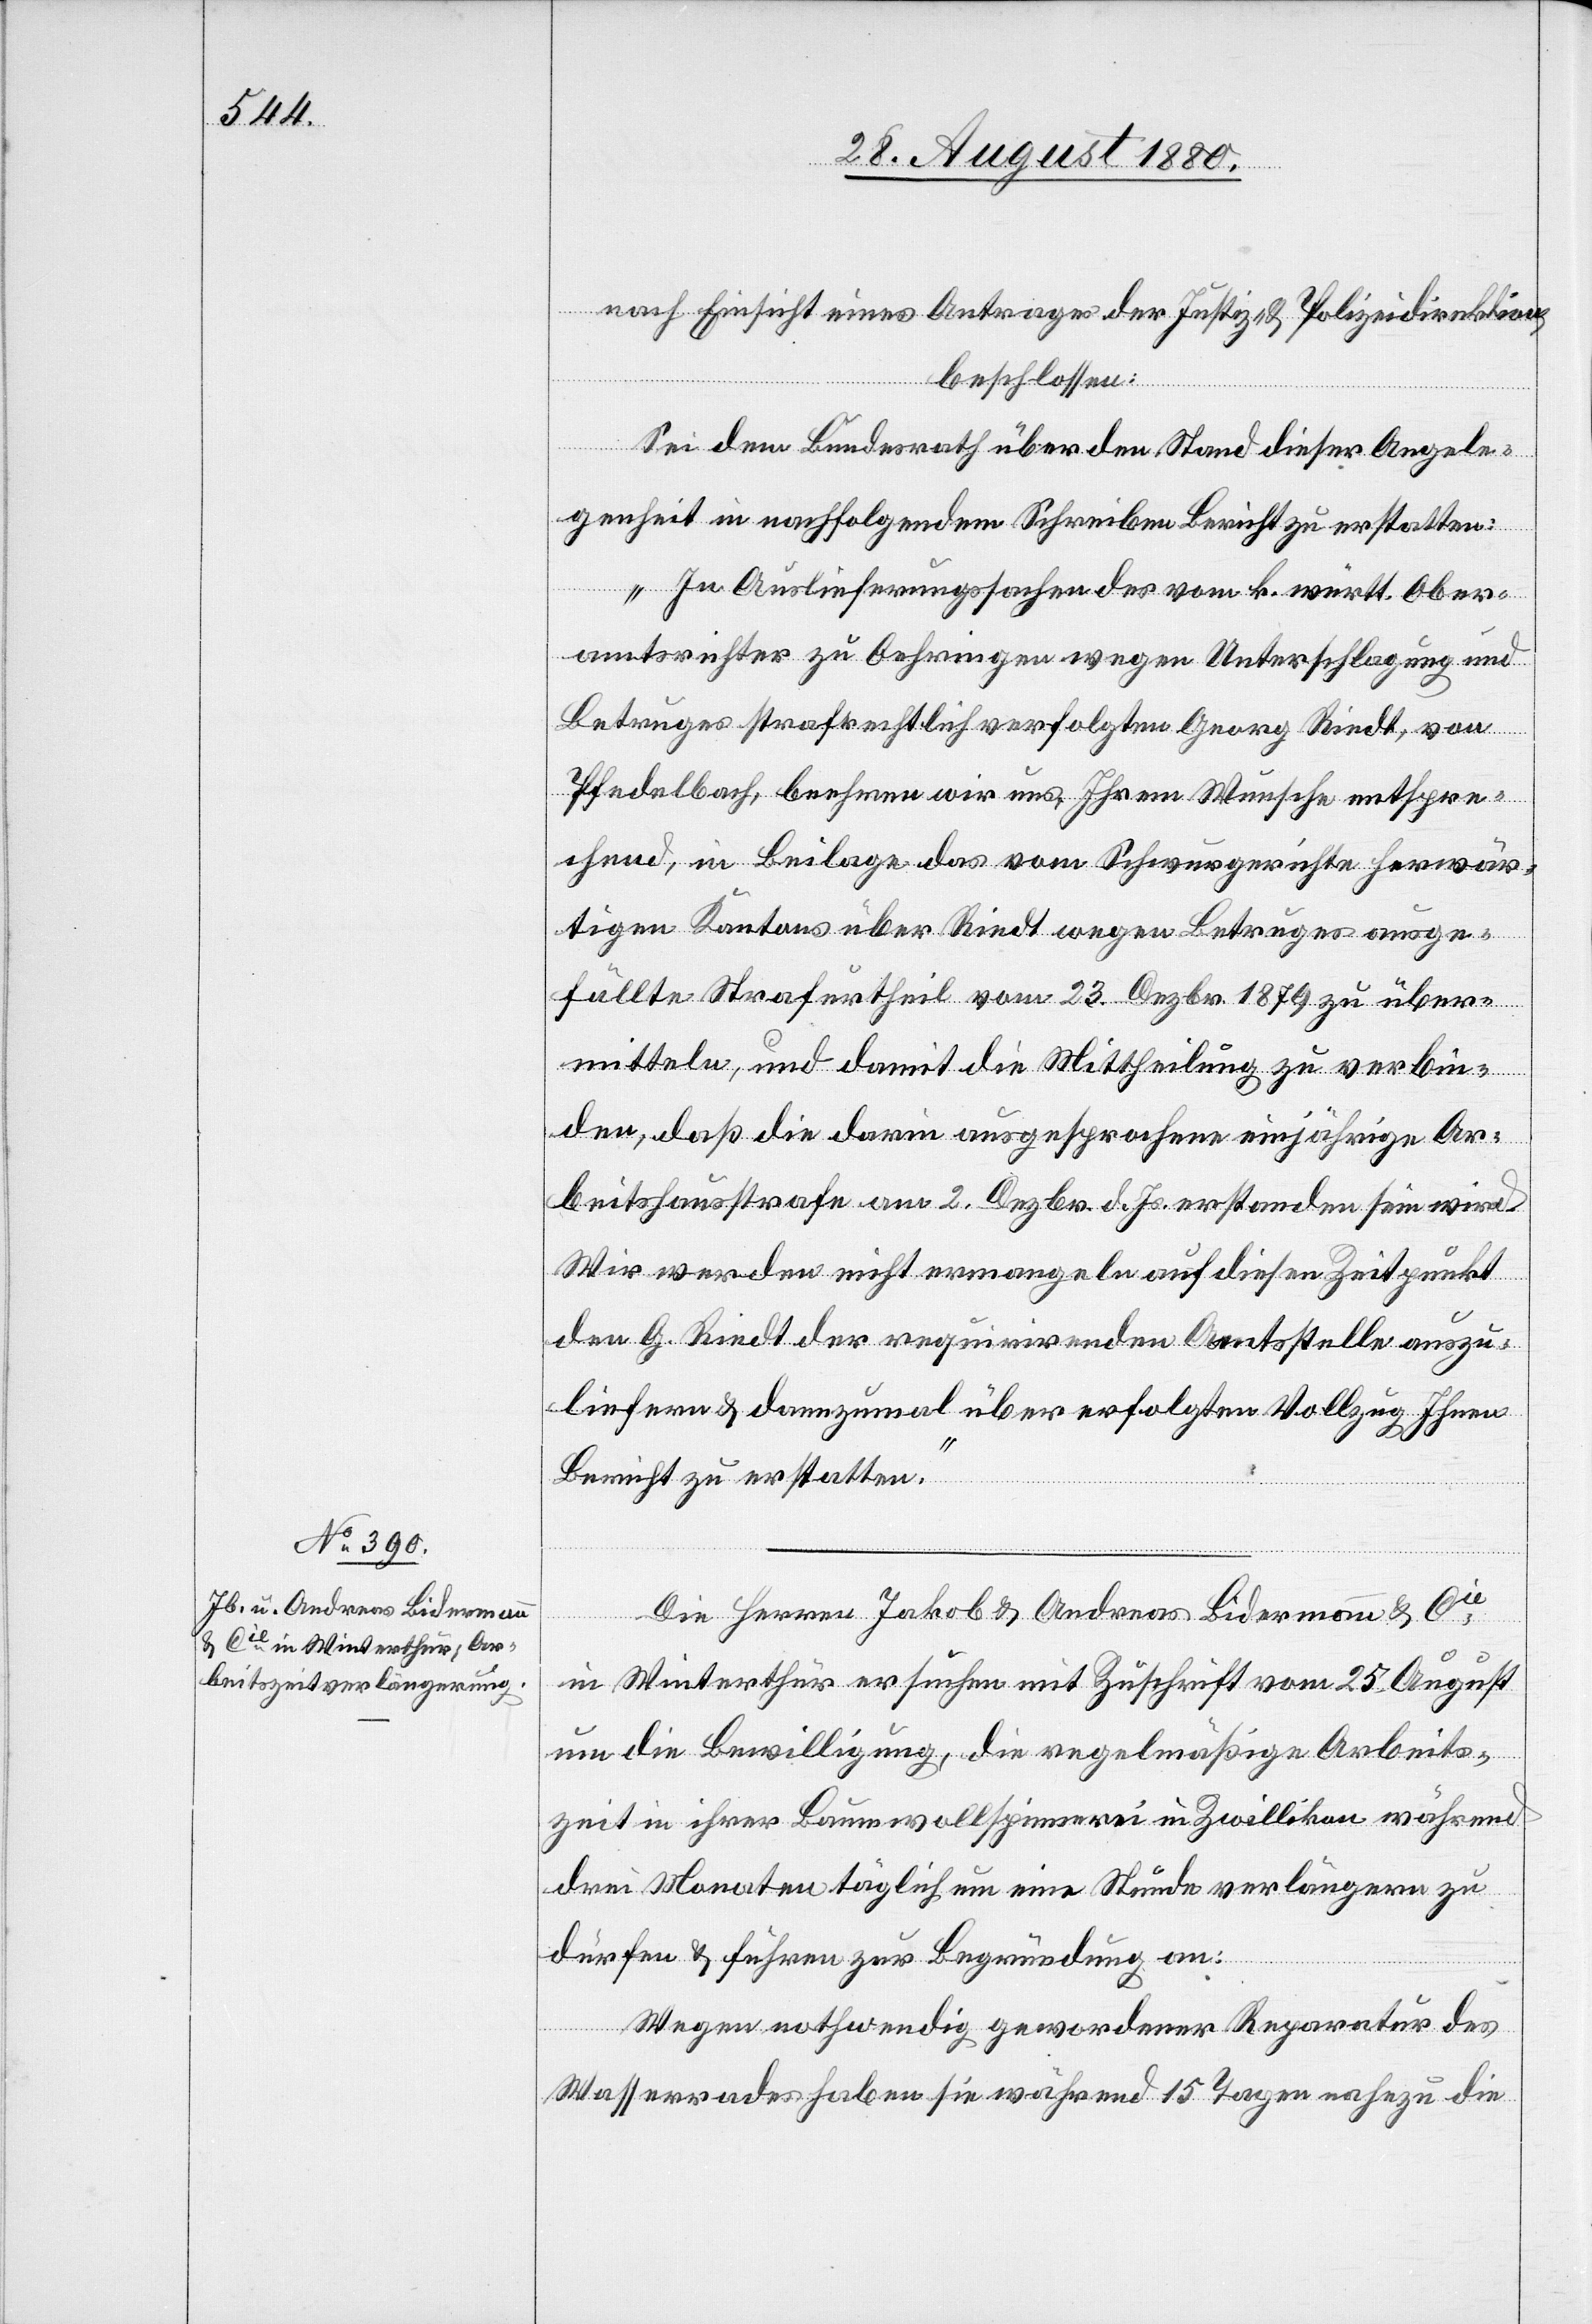
nach Einsicht eines Antrages der Justiz- & Polizeidirektion,
1.
beschlossen:
Sei dem Bundesrath über den Stand dieser Angele¬
genheit in nachfolgendem Schreiben Bericht zu erstatten:
„In Auslieferungssachen der vom k. würth. Ober¬
amtsrichter zu Oehringen wegen Unterschlagung und
Betruges strafrechtlich verfolgten Georg Riedt, von
Pfedelbach, beehren wir uns, Ihrem Wunsche entspre¬
chend, in Beilage das vom Schwurgerichte herwär¬
tigen Kantons über Riedt wegen Betruges ausge¬
füllte Strafurtheil vom 23. Dezbr. 1879 zu über¬
mitteln, und damit die Mittheilung zu verbin¬
den, daß die darin ausgesprochene einjährige Ar¬
beitshausstrafe am 2. Dezbr. d. Js. erstanden sein wird.
Wir werden nicht ermangeln auf diesen Zeitpunkt
den G. Riedt der requirirenden Amtsstelle auszu¬
liefern & dannzumal über erfolgten Vollzug Ihnen
Bericht zu erstatten.“
ember
Die Herren Jakob & Andreas Bidermann & Cie
in Winterthur ersuchen mit Zuschrift vom 25. August
um die Bewilligung, die regelmäßige Arbeits¬
zeit in ihrer Baumwollspinnerei in Zwillikon während
drei Monaten täglich um eine Stunde verlängern zu
dürfen & führen zur Begründung an:
Wegen nothwendig gewordener Reparatur des
Wasserrades haben sie während 15 Tagen nahezu die